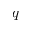
q